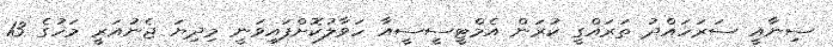
ސިނާއީ ސަރަހައްދު ތަރައްގީ ކުރަން އެމްޓީސީސީއާ ހަވާލުކޮށްފައިވަނީ މިދިޔަ ޖެނުއަރީ މަހުގެ 13